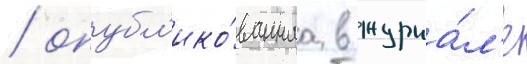
/ опубл'ико́ваннаа в журна́л'е